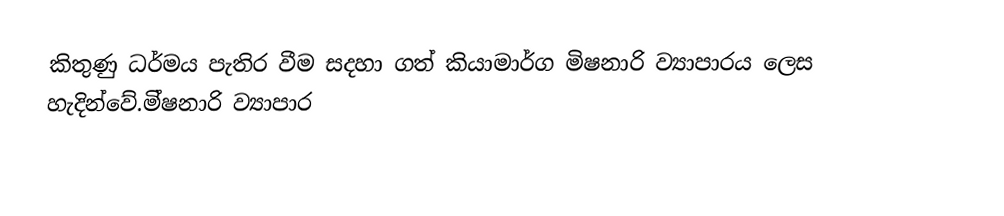
කිතුණු ධර්මය පැතිර වීම සදහා ගත් කියාමාර්ග මිෂනාරි ව්‍යාපාරය ලෙස හැදින්වේ.මි්ෂනාරි ව්‍යාපාර